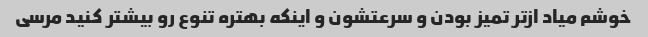
خوشم میاد از‌تر تمیز بودن و سرعتشون و اینکه بهتره تنوع رو بیشتر کنید مرسی